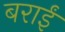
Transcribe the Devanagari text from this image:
बराईं